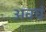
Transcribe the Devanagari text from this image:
अवघं